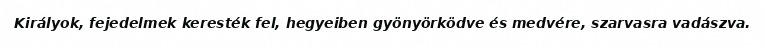
Királyok, fejedelmek keresték fel, hegyeiben gyönyörködve és medvére, szarvasra vadászva.